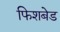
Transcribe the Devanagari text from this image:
फिशबेड